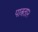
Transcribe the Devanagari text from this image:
पात्रता२